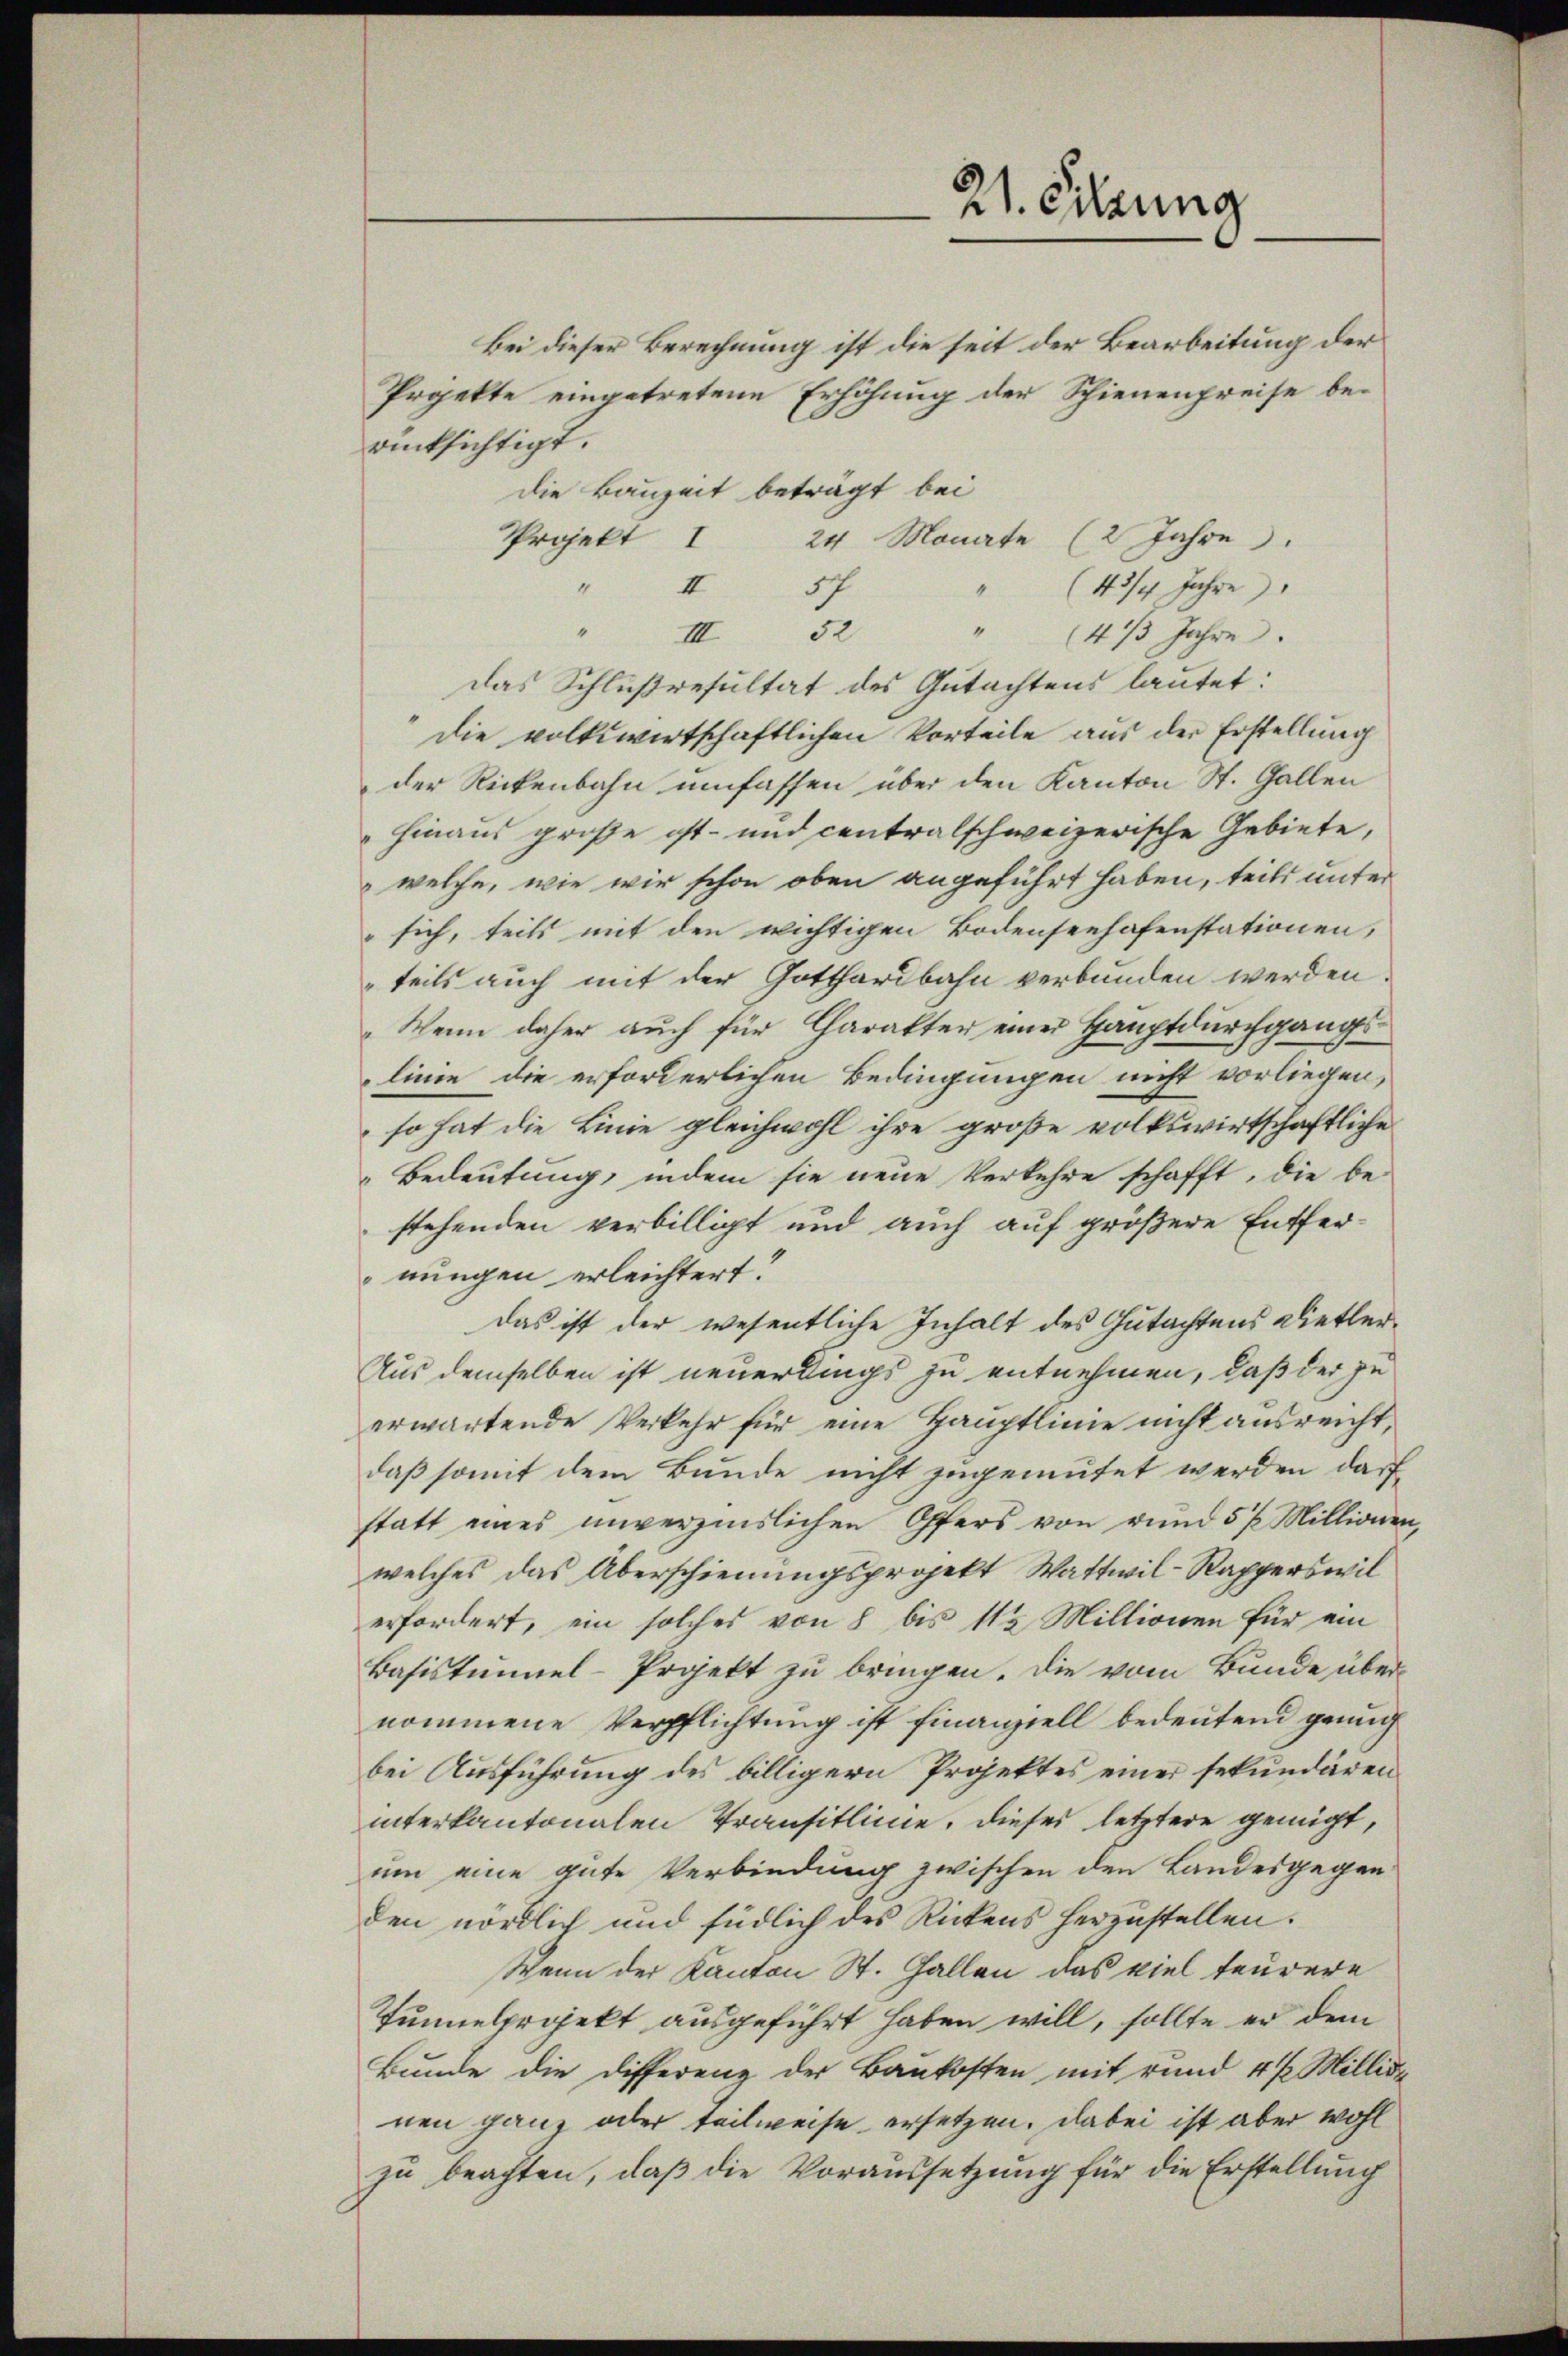
21. Sitzung

rücksichtigt.
die Bauzeit beträgt bei
Projekt I 24 Monate (2 Jahre).
" I 57
" (43/4 Jahre
"
52
" (4/3 Jahre
III
das Schlußresultat des Gutachtens lautet:
"die volkswirtschaftlichen Vorteile aus der Erstellung
der Rickenbahn umfassen über den Kanton St. Gallen
hinaus große ost- und centralschweizerische Gebiete,
welche, wie wir schon oben angeführt haben, teils unter
sich, teils mit den wichtigen Bodenseehafenstationen,
teils auch mit der Gotthardbahn verbunden werden
Wenn daher auch für Charakter einer Hauptdurchgangslinie die erforderlichen Bedingungen nicht vorliegen,
so hat die Linie gleichwohl ihre große volkswirtschaftliche
Bedeutung, indem sie neue Verkehre schafft, die be-
stehenden verbilligt und auch auf größere Entfernungen erleichtert.
das ist der wesentliche Inhalt des Gutachtens Dietler¬
Aus demselben ist neuerdings zu entnehmen, daß der zu
erwartende Verkehr für eine Hauptlinie nicht ausreicht,
daß somit dem Bunde nicht zugemutet werden darf
statt eines unverzinslichen Offers von rund 5 % Millionen,
welches das Überschienungsprojekt Wattwil-Rapperswil
erfordert, ein solches von 8 bis 115 Millionen für ein
Basistimmel-Projekt zu bringen. Die vom Bunde über-
nommene Verpflichtung ist finanziell bedeutend genug
bei Ausführung des billigern Projektes einer sekundären
interkantonalen Transitlinie, dieses letztere gemigt,
um eine gute Verbindung zwischen den Landesgegen
den nördlich und südlich des Rickens herzustellen.
Wenn der Kanton St. Gallen das viel teurere
Tunnelprojekt ausgeführt haben will, sollte er dem
Bunde die Differenz der Baukosten mit rund 4 l Millida
nen ganz oder teilweise ersetzen, dabei ist aber wohl
zu beachten, daß die Voraussetzung für die Erstellung

Bei dieser Berechnung ist die seit der Bearbeitung der
Projekte eingetretene Erhöhung der Schienenpreise be¬